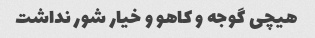
هیچی گوجه و کاهو و خیار شور نداشت